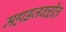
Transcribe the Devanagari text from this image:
महाडजवळील